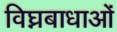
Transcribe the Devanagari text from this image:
विघ्नबाधाओं